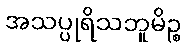
အသပ္ပုရိသဘူမိဉ္စ